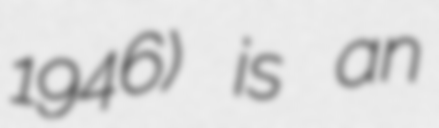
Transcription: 1946) is an